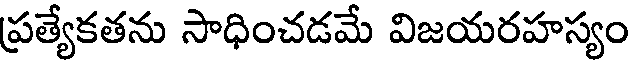
ప్రత్యేకతను సాధించడమే విజయరహస్యం